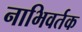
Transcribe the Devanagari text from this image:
नाभिवर्तक